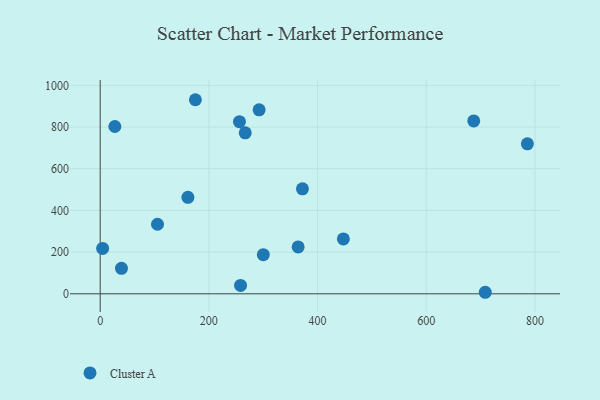
{"axis": {"x": "Investment", "y": "Yield"}, "legend": ["Cluster A"], "data": [{"x": "687.4", "y": 829.6, "type": "Cluster A"}, {"x": "256.3", "y": 826.0, "type": "Cluster A"}, {"x": "786.1", "y": 719.7, "type": "Cluster A"}, {"x": "175.2", "y": 931.2, "type": "Cluster A"}, {"x": "39.2", "y": 122.0, "type": "Cluster A"}, {"x": "447.5", "y": 263.4, "type": "Cluster A"}, {"x": "372.2", "y": 503.7, "type": "Cluster A"}, {"x": "105.5", "y": 333.8, "type": "Cluster A"}, {"x": "266.9", "y": 772.2, "type": "Cluster A"}, {"x": "161.4", "y": 463.1, "type": "Cluster A"}, {"x": "364.3", "y": 225.1, "type": "Cluster A"}, {"x": "27.0", "y": 802.7, "type": "Cluster A"}, {"x": "300.2", "y": 187.9, "type": "Cluster A"}, {"x": "258.3", "y": 40.1, "type": "Cluster A"}, {"x": "4.5", "y": 217.8, "type": "Cluster A"}, {"x": "292.5", "y": 882.9, "type": "Cluster A"}, {"x": "708.6", "y": 7.3, "type": "Cluster A"}]}